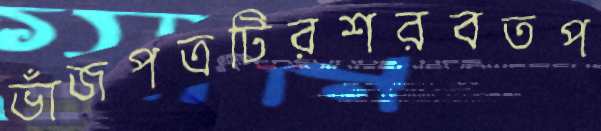
ভাঁজপত্রটিরশরবতপ